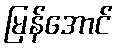
မြန်အောင်